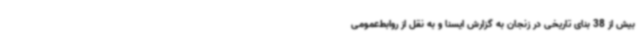
بیش از 38 بنای تاریخی در زنجان به گزارش ایسنا و به نقل از روابط‌عمومی